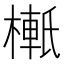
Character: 𬄉